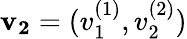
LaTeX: \mathbf{v_{2}}=(v_{1}^{(1)},v_{2}^{(2)})